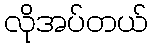
လိုအပ်တယ်